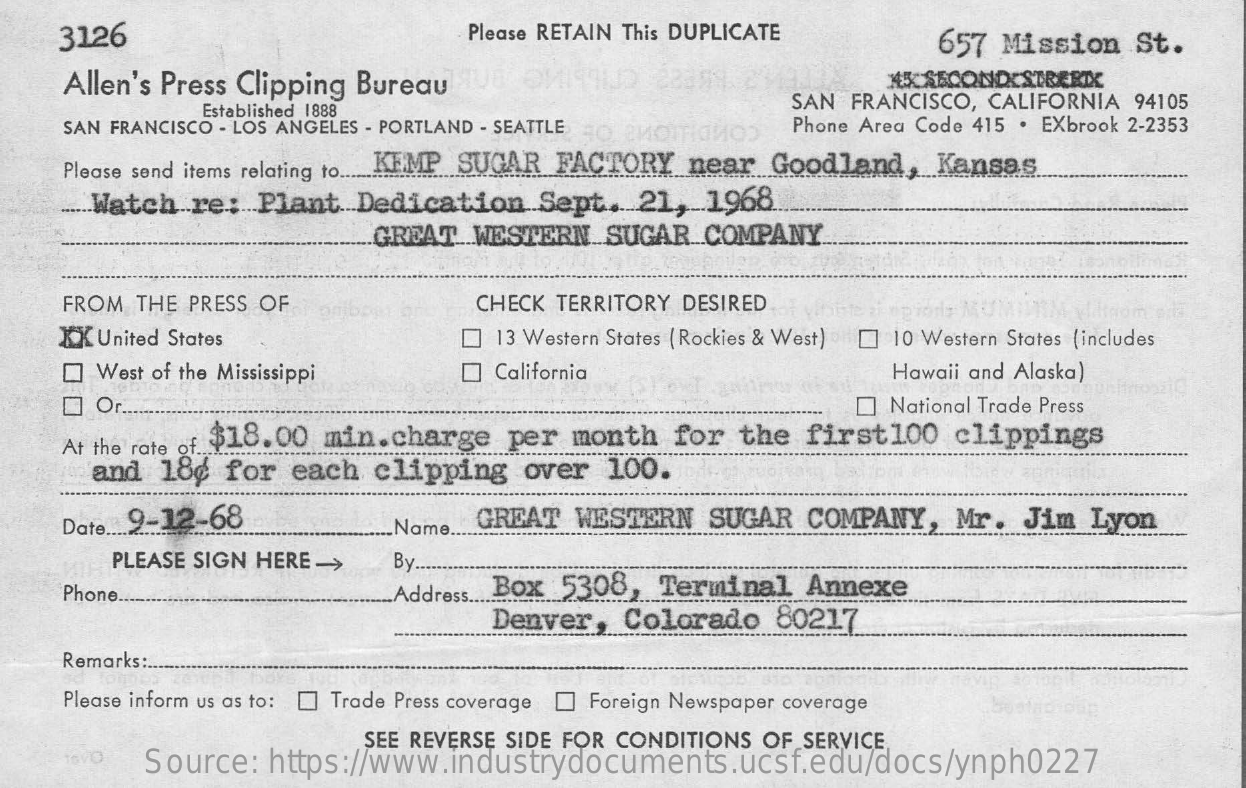
3126    Please RETAIN This DUPLICATE    657 Mission  St.
     Allen's Press Clipping Bureau    AK SECOND STRERIX
     Established 1888    SAN FRANCISCO, CALIFORNIA 94105
     SAN FRANCISCO - LOS ANGELES - PORTLAND - SEATTLE EMOTIONO) Phone Area Code 415 . EXbrook 2-2353
     Please send items relating to. KEMP SUGAR FACTORY near Goodland, Kansas
     .... Watch.re: Plant. Dedication.Sept.  21,  1968.
     GREAT  WESTERN  .. SUGAR.COMPANY
     FROM THE PRESS OF    CHECK TERRITORY DESIRED
    IK United States    13 Western States ( Rockies & West) [] 10 Western States (includes
     West of the Mississippi    California    Hawaii and Alaska)
     Or.    [] National Trade Press
     At the rate of $18.00 min. charge per month for the first100  clippings
     and 18¢  for  each clipping   over  100.
     Date ... 9-12-68    Name. GREAT WESTERN   SUGAR  COMPANY,  Mr.  Jim  Lyon
     PLEASE SIGN HERE -> By.
     Phone.    Address. Box 5308, Terminal  Annexe
     Denver,  Colorado  80217
     Remarks :.
     Please inform us as to: [] Trade Press coverage [ Foreign Newspaper coverage
     SEE REVERSE SIDE FOR CONDITIONS OF SERVICE
     Source: https://www.industrydocuments.ucsf.edu/docs/ynph0227